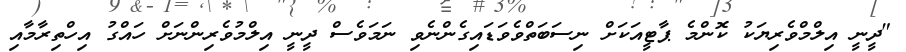
"ދީނީ އިލްމްވެރިޔަކު ކޮންމެ ޕާޓީއަކަށް ނިސަބަތްވެވަޑައިގެންނެވި ނަމަވެސް ދީނީ އިލްމުވެރިންނަށް ހައްގު އިހްތިރާމާއި